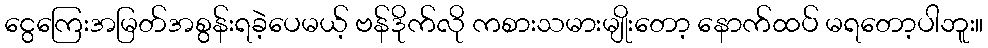
ငွေကြေးအမြတ်အစွန်းရခဲ့ပေမယ့် ဗန်ဒိုက်လို ကစားသမားမျိုးတော့ နောက်ထပ် မရတော့ပါဘူး။